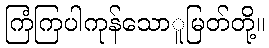
ကြံကြပါကုန်သောူမြတ်တို့။